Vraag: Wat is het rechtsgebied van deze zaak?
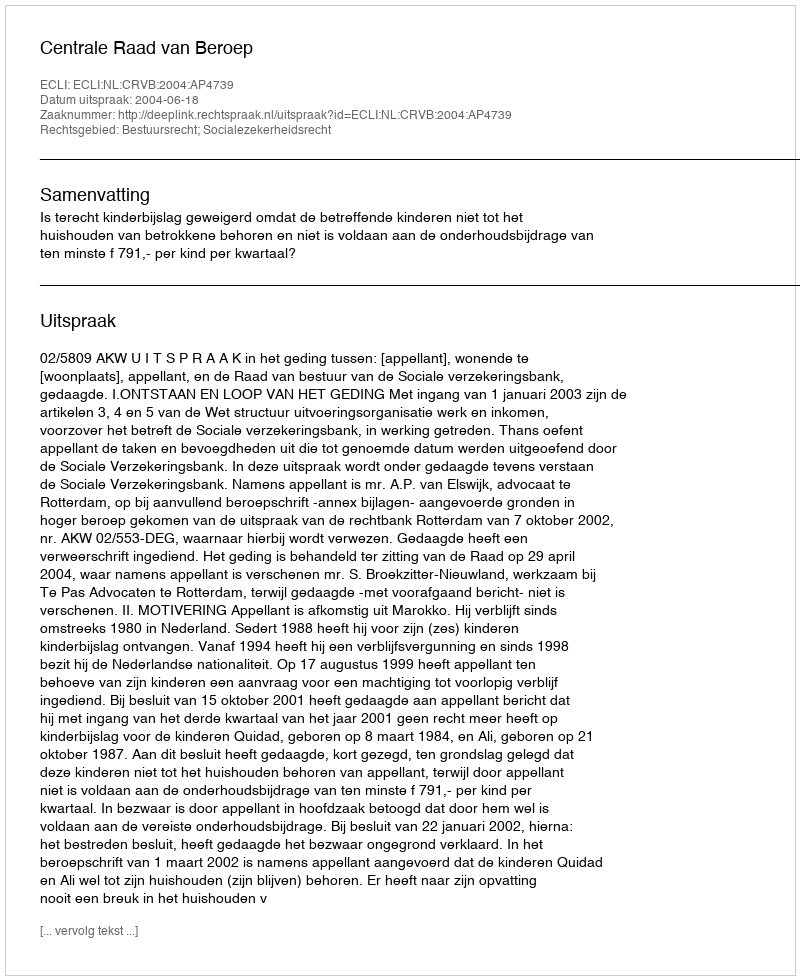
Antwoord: Bestuursrecht; Socialezekerheidsrecht